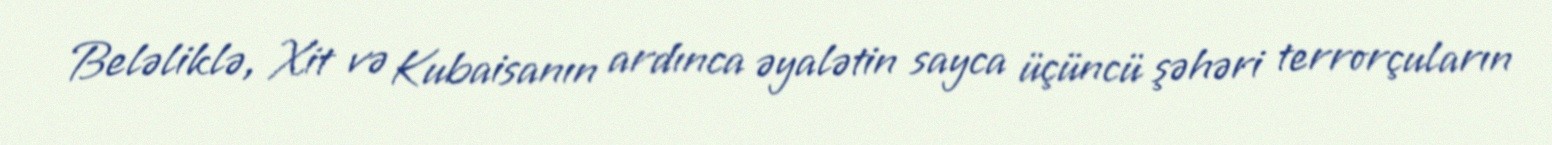
Beləliklə, Xit və Kubaisanın ardınca əyalətin sayca üçüncü şəhəri terrorçuların